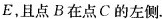
E，且点B在点C的左侧.